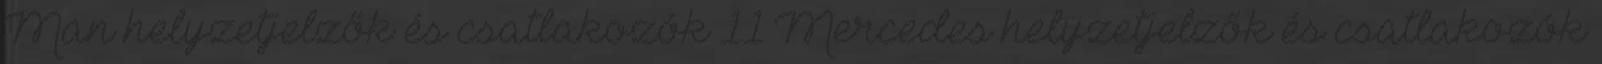
Man helyzetjelzők és csatlakozók 11 Mercedes helyzetjelzők és csatlakozók